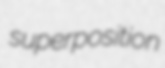
superposition